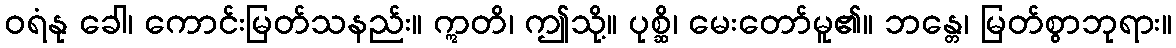
ဝရံနု ခေါ၊ ကောင်းမြတ်သနည်း။ ဣတိ၊ ဤသို့။ ပုစ္ဆိ၊ မေးတော်မူ၏။ ဘန္တေ၊ မြတ်စွာဘုရား။